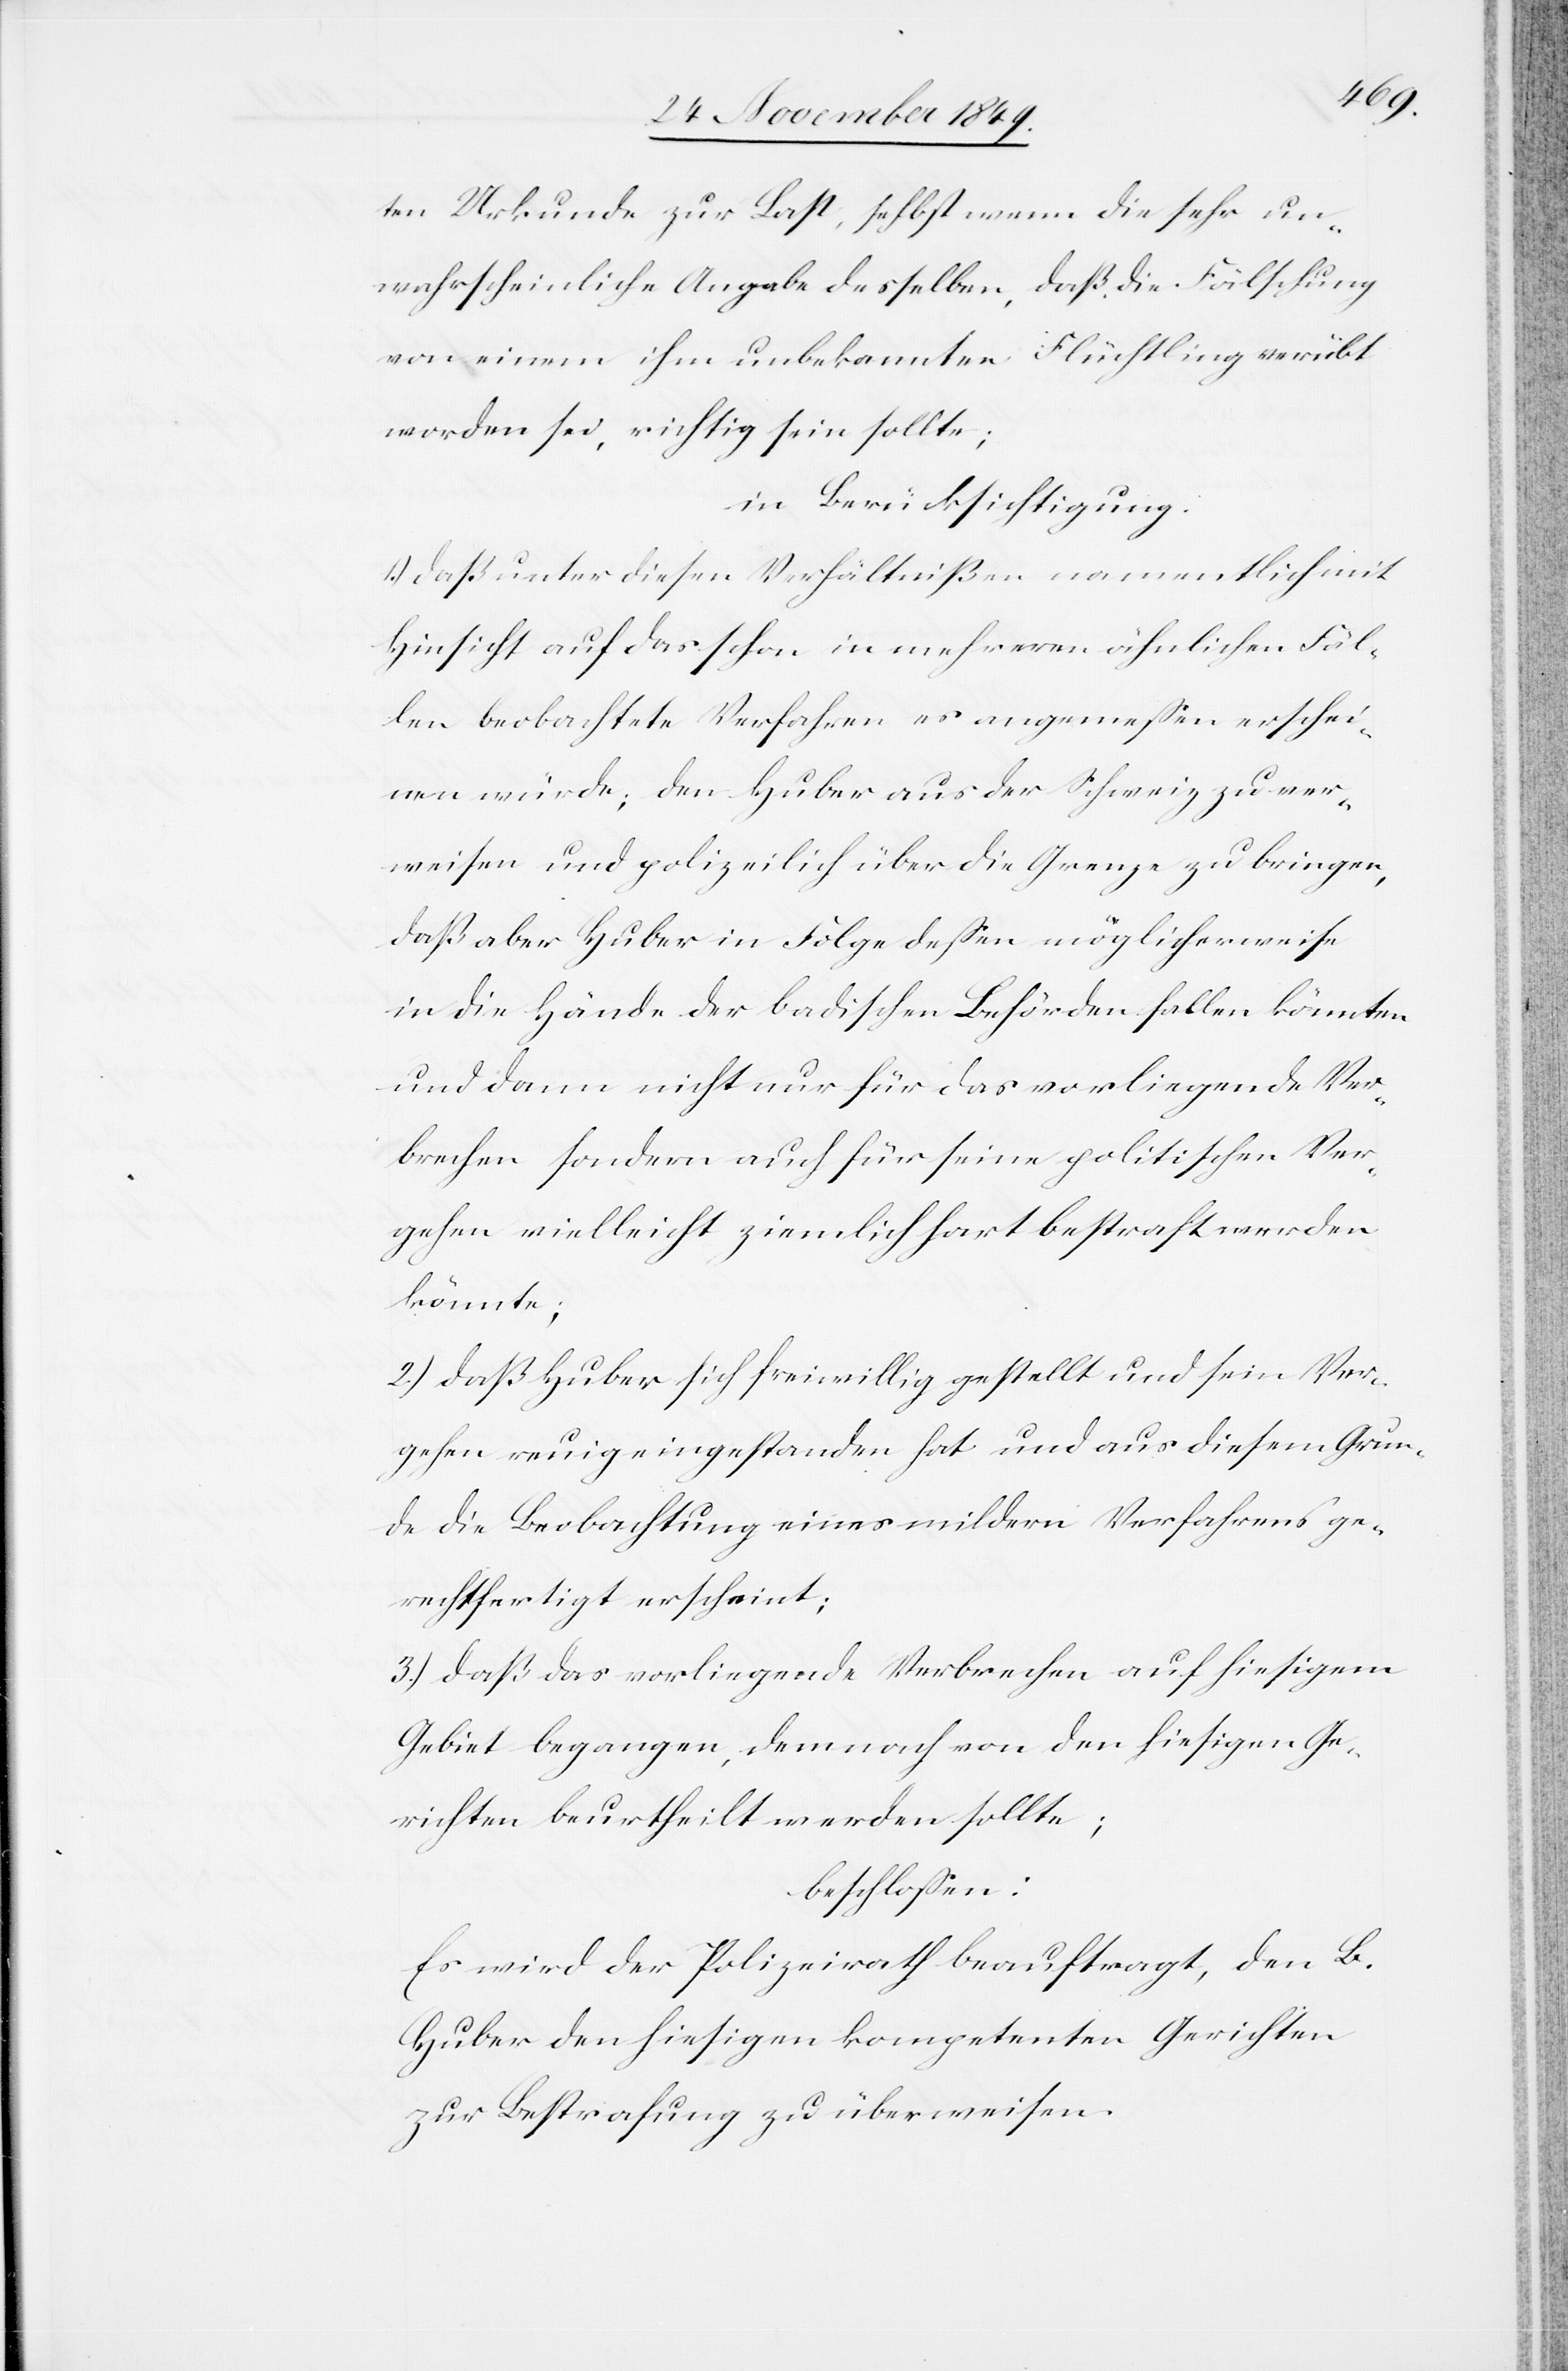
ten Urkunde zur Last, selbst wenn die sehr un¬
wahrscheinliche Angabe desselben, daß die Fälschung
von einem ihm unbekannten Flüchtling verübt
worden sei, richtig sein sollte;
in Berücksichtigung:
1.) daß unter diesen Verhältnißen namentlich mit
Hinsicht auf das schon in mehreren ähnlichen Fäl¬
len beobachtete Verfahren es angemeßen erschei¬
nen würde; den Huber aus der Schweiz zu ver¬
weisen und polizeilich über die Grenze zu bringen,
daß aber Huber in Folge deßen möglicherweise
in die Hände der badischen Behörden fallen könnten
und dann nicht nur für das vorliegende Ver¬
brechen sondern auch für seine politischen Ver¬
gehen vielleicht hart bestraft werden
könnte;
2.) daß Huber sich freiwillig gestellt und sein Ver¬
gehen reuig eingestanden hat und aus diesem Grun¬
de die Beobachtung eines mildern Verfahrens ge¬
rechtfertigt erscheint;
3.) daß das vorliegende Verbrechen auf hiesigem
Gebiet begangen, dennoch von den hiesigen Ge¬
richten beurtheilt werden sollte;
beschloßen:
Es wird der Polizeirath beauftragt, den B.
Huber den hiesigen kompetenten Gerichten
zur Bestrafung zu überweisen.